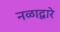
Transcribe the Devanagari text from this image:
नळाद्वारे